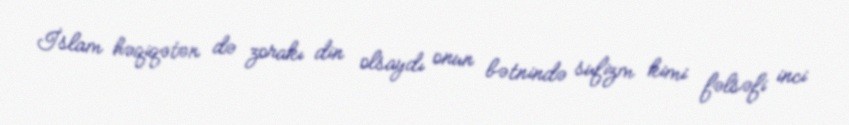
İslam həqiqətən də zorakı din olsaydı onun bətnində sufizm kimi fəlsəfi inci